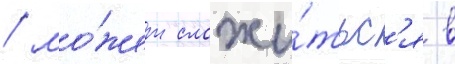
/ мо́жет сложи́тьс'я в